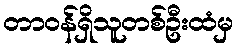
တာဝန်ရှိသူတစ်ဦးထံမှ